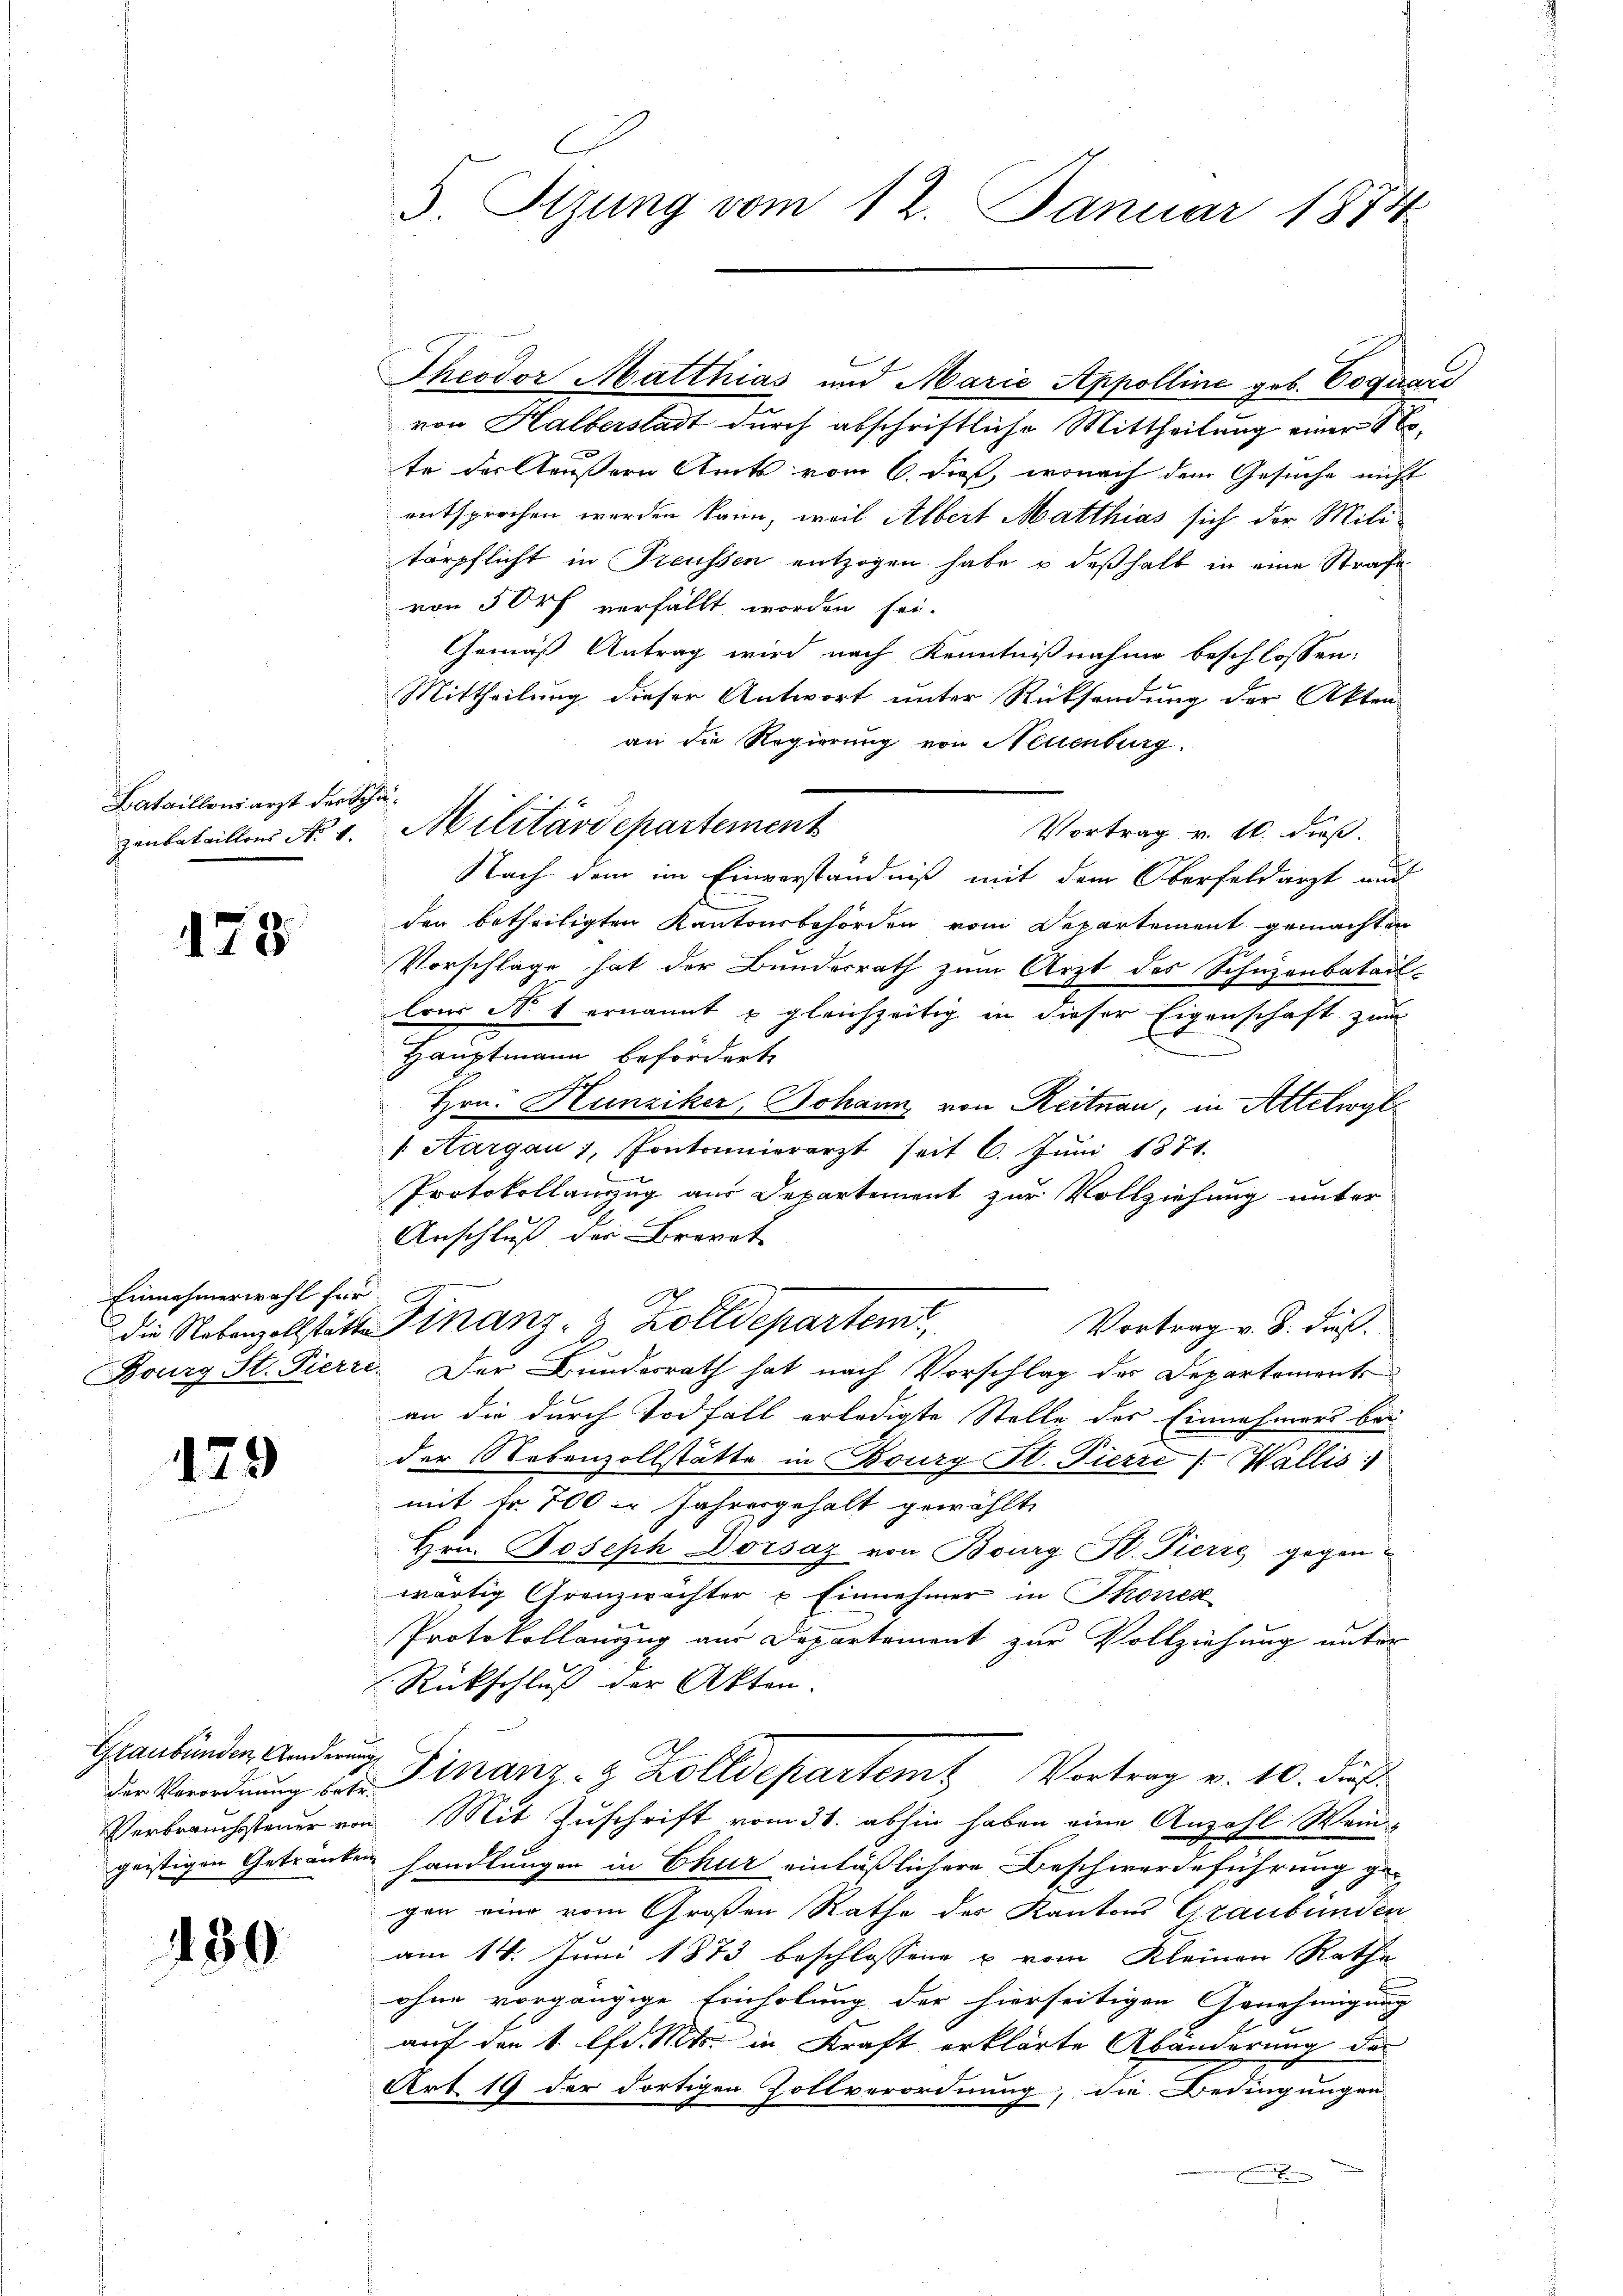
Bataillonsarzt der Sch
zenbataillons No 1

178

Einnahmerwahl für
die Nebenzollstätten
Bourg St. Pierre

179

Graubünden Anderung,

130

5. Stzung vom 12. Januar 1874

Theodor Matthias und Marie Appolline geb. Coquare
von Halberstadt durch abschriftliche Mittheilung einer Rete der Täussern Amts vom 6. dieß, wonach dem Gesuche nicht
entsprochen werden kann, weil Albert Matthias sich der Mili-
tärpflicht in Freussen entzogen habe u deßhalb in eine Strafe
von 50 rf verfällt worden sei.
Gemäß Antrag wird nach Kenntnißnahme beschlossen:
Mittheilung dieser Antwort unter Rücksendung der Akten
an die Regierung von Neuenburg.
Vortrag v. 16. dieß.
Nach dem im Einverständniß mit dem Oberfeldarzt auf
den betheiligten Kantonsbehörden vom Departement gemachten
Vorschläge hat der Bundesrath zum Arzt des Schuzenbatail-
lrer Not ernannt u gleichzeitig in dieser Eigenschaft zum
Hauptmann beförderte
Hrn. Hunziker, Johann von Reitnau, in Attelwyl
Aargau, Pontonnierarzt seit 6. Jŭni 1871.
Protokollauszug aus Departement zur Vollziehung unter
Anschluß der Brevet
Finanz- & Zolldepartem
Vortrag v. 8. dieß.
 Der Bundesrath hat nach Vorschlag der Departements
an die durch Todfall erledigte Stelle des Einnahmers bei
der Nebenzollstätte in Bourg St. Pierre (Wallis
mit Fr. 700 er Jahresgehalt gewählt,
Hrn. Joseph Dorsaz von Bourg St. Pierre gegenwärtig Grenzwachter u Einnehmer in Thonen
Protokollauszug aus Departement zur Vollziehung unter
Rückschluß der Akten.
der Verordnŭng der Finanz- & Zolldepartemt Vortrag v. 10. dieß
Verbrauchssteuer von Mit Zuschrift vom 31. abhin haben eine Anzahl Weingeistigen Getränken handlungen in Chur einläßlichere Beschwerdeführung ge-
gen ein vom Großen Rathe des Kantons Graubünden
am 14. Juni 1873 beschlossene u. vom Kleinen Rathe
ohne vorgängige Einholung der hierseitigen Genehmigung
auf den 1. lfd. Mts. in Kraft erklärte Abänderung der
Art 19 der dortigen Zollverordnung, die Bedingungen

14
Militärdepartement